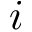
i